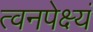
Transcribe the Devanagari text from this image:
त्वनपेक्ष्यं